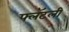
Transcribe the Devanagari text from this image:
फ्लॅटली